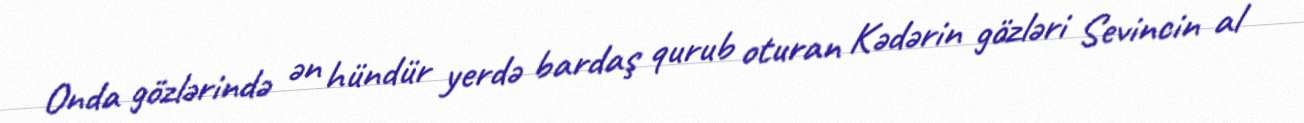
Onda gözlərində ən hündür yerdə bardaş qurub oturan Kədərin gözləri Sevincin al